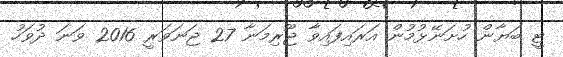
ޓީ ބަޔާން ހުށަނޭޅުމުން އަރައިފައިވާ ޖޫރިމަނާ 27 ޖަނަވަރީ 2016 ވަނަ ދުވަހު